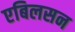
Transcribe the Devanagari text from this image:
एबिलसन